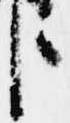
臣